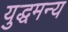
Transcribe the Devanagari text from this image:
युद्धमन्य